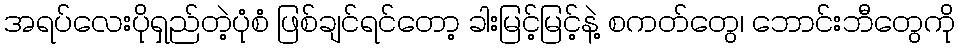
အရပ်လေးပိုရှည်တဲ့ပုံစံ ဖြစ်ချင်ရင်တော့ ခါးမြင့်မြင့်နဲ့ စကတ်တွေ၊ ဘောင်းဘီတွေကို